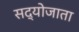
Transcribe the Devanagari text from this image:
सद्योजाता